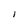
Character: I